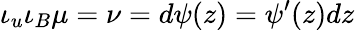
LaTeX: \iota_{u}\iota_{B}\mu=\nu=d\psi(z)=\psi^{\prime}(z)dz